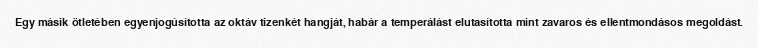
Egy másik ötletében egyenjogúsította az oktáv tizenkét hangját, habár a temperálást elutasította mint zavaros és ellentmondásos megoldást.